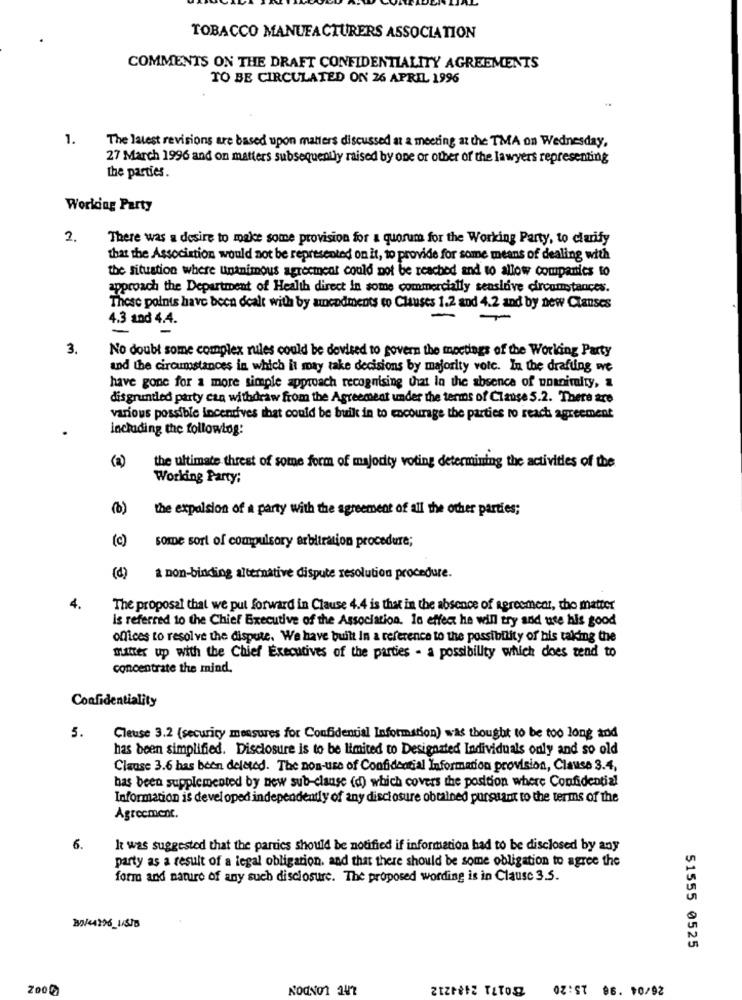
TOBACCO MANUFACTURERS ASSOCIATION
COMMENTS ON THE DRAFT CONFIDENTIALITY AGREEMENTS
TO BE CIRCULATED ON 26 APRIL 1996
1.
The latest revisions are based upon matters discussed at a meeting at the TMA on Wednesday,
27 March 1996 and on matters subsequently raised by one or other of the lawyers representing
the parties.
Working Party
2.
There was a desire to make some provision for a quorum for the Working Party, to clarify
that the Association would not be represented on it, to provide for some means of dealing with
the situation where unanimous agreement could not be reached and to allow companies to
approach the Department of Health direct in some commercially sensitive circumstances.
These points have been dealt with by amendments to Clauses 1.2 and 4.2 and by new Clanses
4.3 and 4.4.
3.
No doubt some complex rules could be devised to govern the meetings of the Working Party
and the circumstances in which it may take decisions by majority vote. In the drafting we
have gone for a more simple approach recognising that la the absence of unanimalty, a
disgruntled party can withdraw from the Agreement under the terms of Clause 5.2. There are
various possible incendives that could be built in to encourage the parties ro reach agreement
including the following:
(2)
the ultimate threst of some form of majority voting determining the activities of the
Working Party:
(6)
the expulsion of a party with the agreement of all the other parties;
(c)
some sort of compulsory arbitration procedure;
(d)
a non-binding alternative dispute resolution procedure.
4.
The proposal that we put forward in Clause 4.4 is that in the absence of agreement, the matter
Is referred to the Chief Executive of the Association. lo effect he will try and use his good
offices to resolve the dispute. We have built In a reference to the possibility of his taking the
mitter up with the Chief Executives of the parties - a possibility which does tend to
concentrate the mind.
Confidentiality
5.
Cleuse 3.2 (security measures for Confidential Information) was thought to be too long and
has been simplified. Disclosure is to be limited to Designated Individuals only and so old
Clause 3.6 has been deleted. The non-use of Confidential Information provision, Clause 3.4,
has been supplemented by new sub-clause (d) which covers the position where Confidential
Information is developed independently of any disclosure obtained pursuant to the terms of the
Agreement.
6.
he was suggested that the parties should be notified if information had to be disclosed by any
party as a result of a legal obligation, and that there should be some obligation to agree the
form and nature of any such disclosure. The proposed wording is in Clause 3.5.
30/4436_1/5JB
51555 0525
26/04 '98 15:20
NOONO1 247